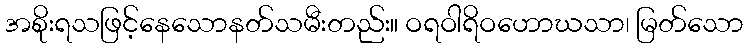
အစိုးရသဖြင့်နေသောနတ်သမီးတည်း။ ဝရဝါရိဝဟောဃသာ၊ မြတ်သော